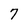
Character: 7